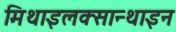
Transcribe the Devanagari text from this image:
मिथाइलक्सान्थाइन